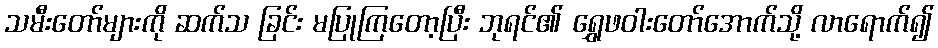
သမီးတော်များကို ဆက်သ ခြင်း မပြုကြတော့ပြီး ဘုရင်၏ ရွှေဖဝါးတော်အောက်သို့ လာရောက်၍